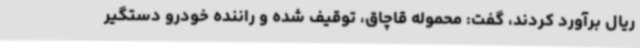
ریال برآورد کردند، گفت: محموله قاچاق، توقیف شده و راننده خودرو دستگیر